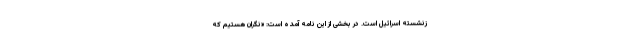
زنشسته اسرائیل است. در بخشی از این نامه آمده است: «نگران هستیم که